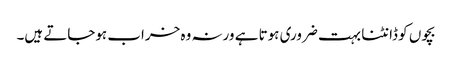
بچوں کو ڈانٹنا بہت ضروری ہوتا ہے ورنہ وہ خراب ہوجاتے ہیں۔